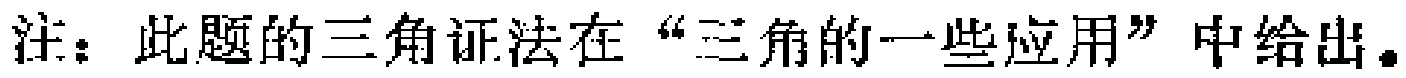
注：此题的三角证法在“三角的一些应用”中给出。